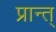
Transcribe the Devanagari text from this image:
प्रान्त्